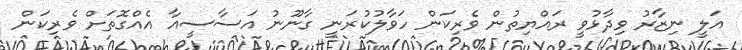
އަލީ ނިޒާރު ވިދާޅުވީ ރައްޔިތުން ވެރިކަން ހަވާލުކުރަނީ ގާނޫނު އަސާސީއާ އެއްގޮތަށް ވެރިކަން